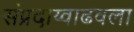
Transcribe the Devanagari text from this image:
संप्रदाय्वाढवला